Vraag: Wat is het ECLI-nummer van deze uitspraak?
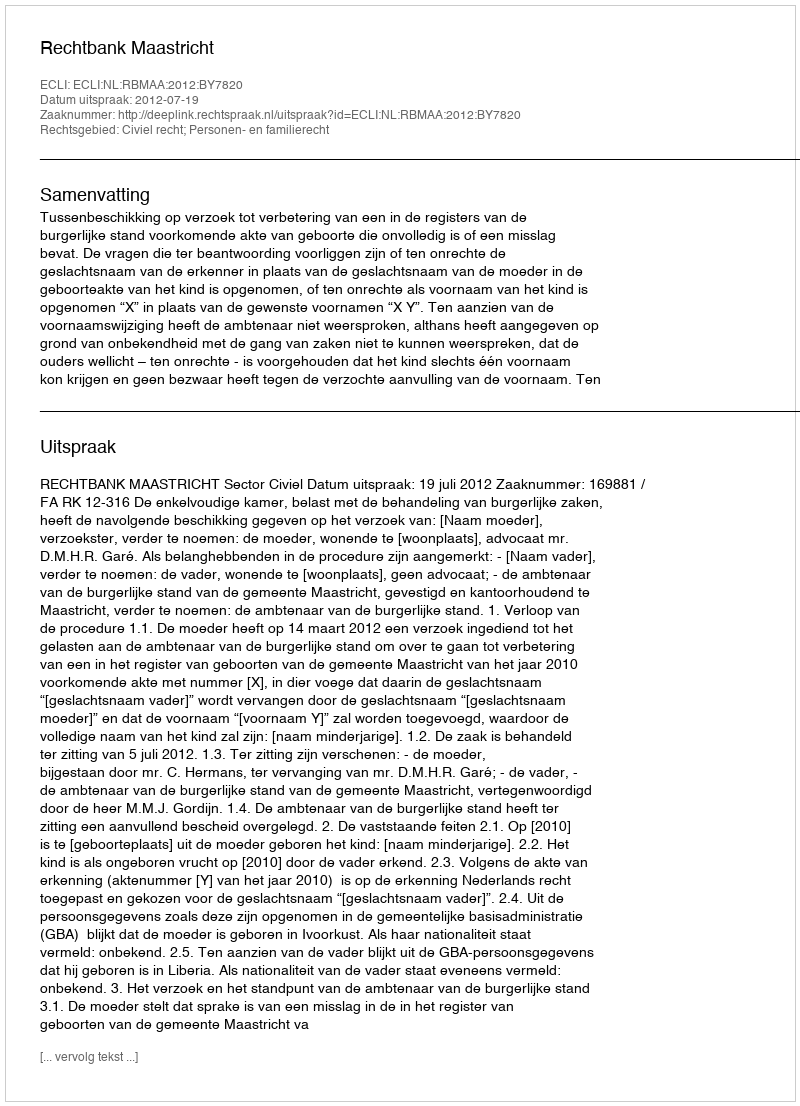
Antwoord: ECLI:NL:RBMAA:2012:BY7820